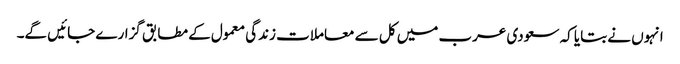
انہوں نے بتایا کہ سعودی عرب میں کل سے معاملات زندگی معمول کے مطابق گزارے جائیں گے۔